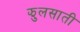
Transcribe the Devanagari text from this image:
झुलसाती